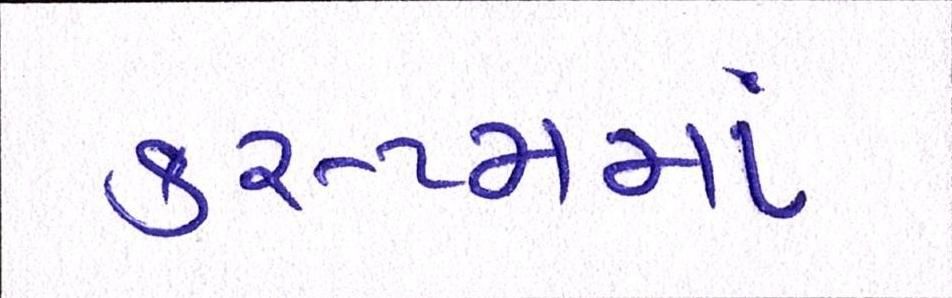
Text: કસ્ટમમાં